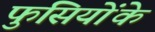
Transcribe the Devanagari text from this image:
फुंसियोंके